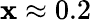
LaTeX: \mathbf{x}\approx0.2